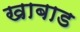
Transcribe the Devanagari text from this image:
खाबाड